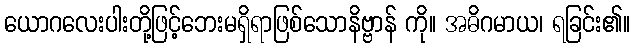
ယောဂလေးပါးတို့ဖြင့်ဘေးမရှိရာဖြစ်သောနိဗ္ဗာန် ကို။ အဓိဂမာယ၊ ရခြင်း၏။